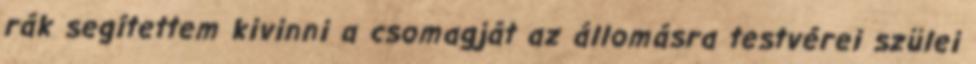
rák segítettem kivinni a csomagját az állomásra testvérei szülei